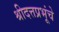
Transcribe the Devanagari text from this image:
श्रीदत्तप्रभूंचे